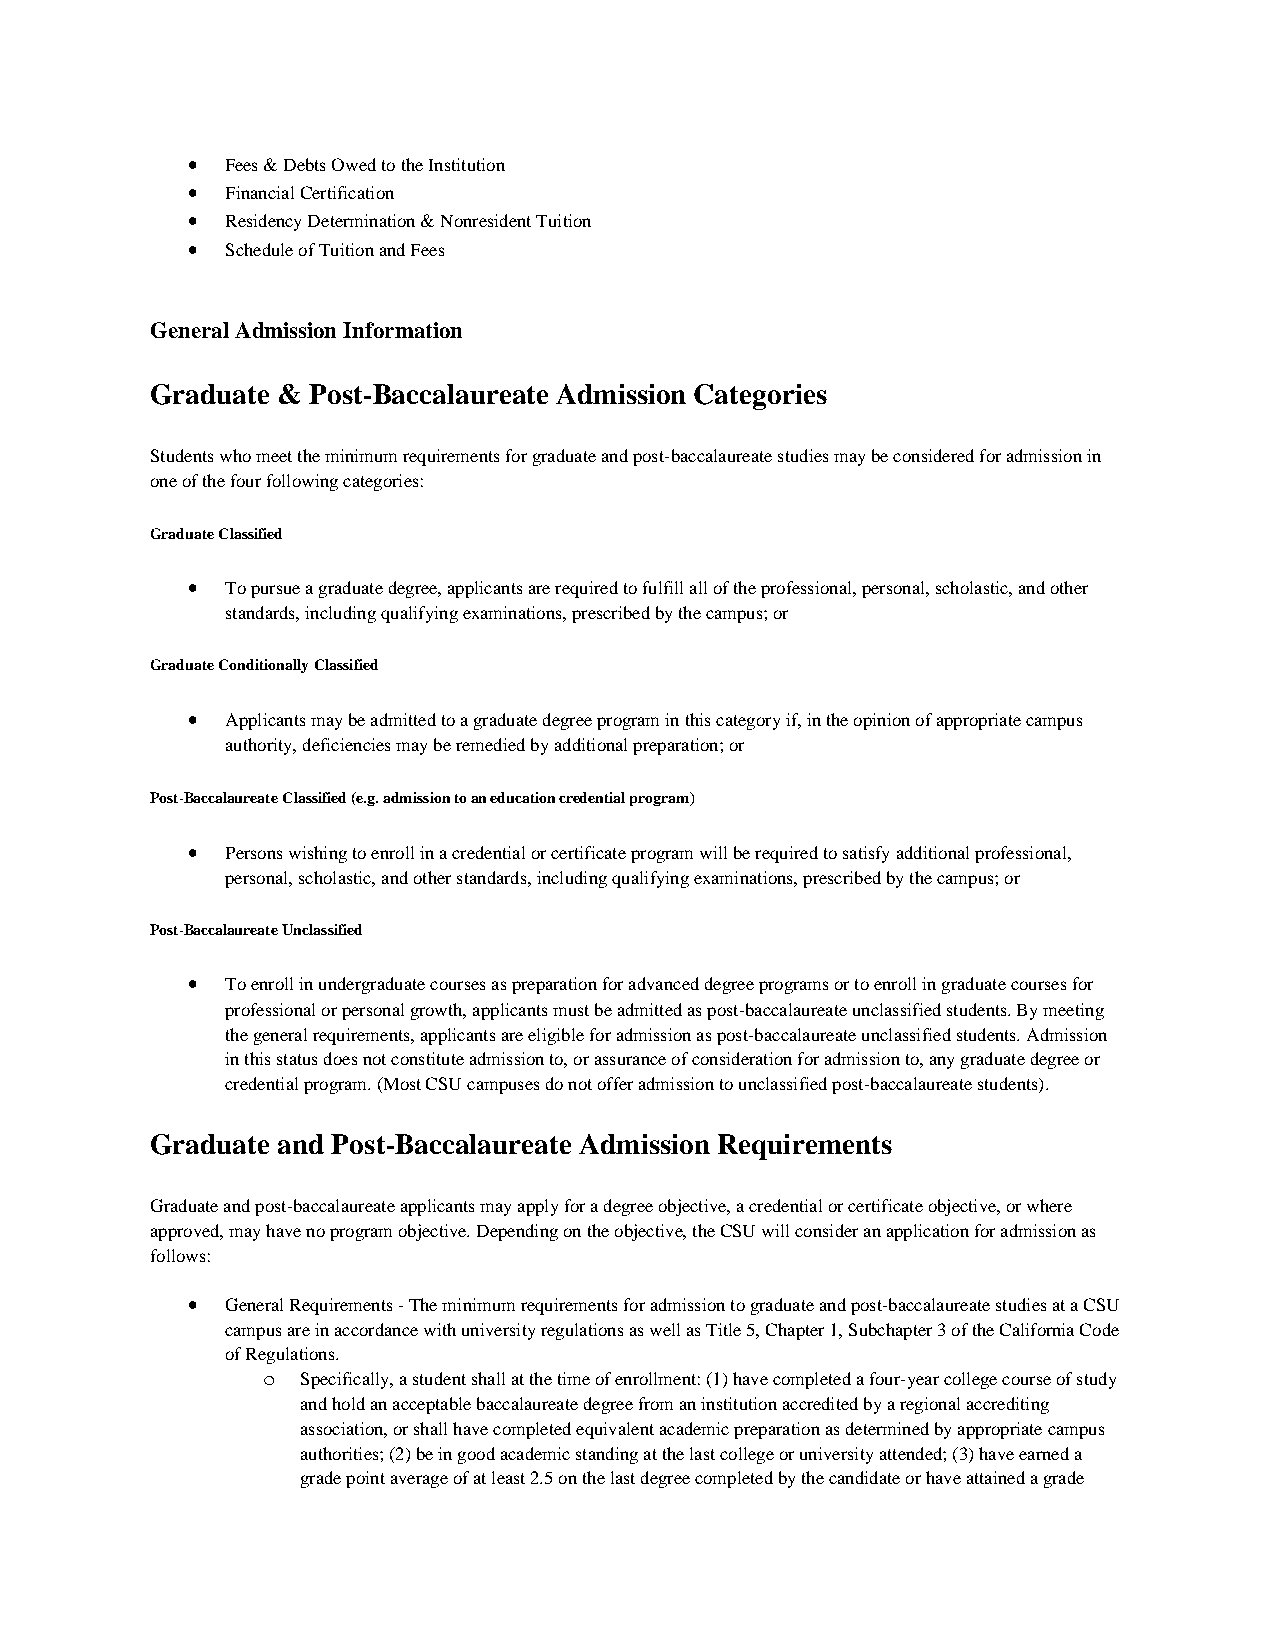
•  Fees & Debts Owed to the Institution
 •  Financial Certification
 •  Residency Determination & Nonresident Tuition
 •  Schedule of Tuition and Fees
 General Admission Information
 Graduate & Post-Baccalaureate Admission Categories
 Students who meet the minimum requirements for graduate and post-baccalaureate studies may be considered for admission in
 one of the four following categories:
 Graduate Classified
 •  To pursue a graduate degree, applicants are required to fulfill all of the professional, personal, scholastic, and other
 standards, including qualifying examinations, prescribed by the campus; or
 Graduate Conditionally Classified
 •  Applicants may be admitted to a graduate degree program in this category if, in the opinion of appropriate campus
 authority, deficiencies may be remedied by additional preparation; or
 Post-Baccalaureate Classified (e.g. admission to an education credential program)
 •  Persons wishing to enroll in a credential or certificate program will be required to satisfy additional professional,
 personal, scholastic, and other standards, including qualifying examinations, prescribed by the campus; or
 Post-Baccalaureate Unclassified
 •  To enroll in undergraduate courses as preparation for advanced degree programs or to enroll in graduate courses for
 professional or personal growth, applicants must be admitted as post-baccalaureate unclassified students. By meeting
 the general requirements, applicants are eligible for admission as post-baccalaureate unclassified students. Admission
 in this status does not constitute admission to, or assurance of consideration for admission to, any graduate degree or
 credential program. (Most CSU campuses do not offer admission to unclassified post-baccalaureate students).
 Graduate and Post-Baccalaureate Admission Requirements
 Graduate and post-baccalaureate applicants may apply for a degree objective, a credential or certificate objective, or where
 approved, may have no program objective. Depending on the objective, the CSU will consider an application for admission as
 follows:
 •  General Requirements - The minimum requirements for admission to graduate and post-baccalaureate studies at a CSU
 campus are in accordance with university regulations as well as Title 5, Chapter 1, Subchapter 3 of the California Code
 of Regulations.
 o  Specifically, a student shall at the time of enrollment: (1) have completed a four-year college course of study
 and hold an acceptable baccalaureate degree from an institution accredited by a regional accrediting
 association, or shall have completed equivalent academic preparation as determined by appropriate campus
 authorities; (2) be in good academic standing at the last college or university attended; (3) have earned a
 grade point average of at least 2.5 on the last degree completed by the candidate or have attained a grade